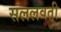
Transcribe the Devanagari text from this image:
सललवती